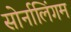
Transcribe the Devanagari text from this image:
सोर्नालिंगम